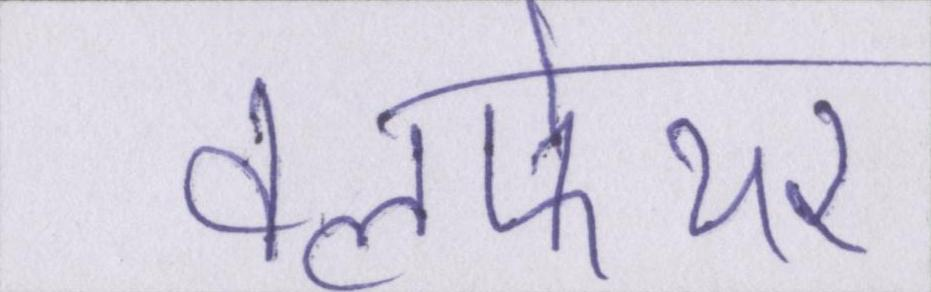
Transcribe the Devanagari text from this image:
वेलफेयर